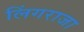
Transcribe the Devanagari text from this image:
लिंगराजा